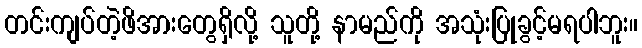
တင်းကျပ်တဲ့ဖိအားတွေရှိလို့ သူတို့ နာမည်ကို အသုံးပြုခွင့်မရပါဘူး။